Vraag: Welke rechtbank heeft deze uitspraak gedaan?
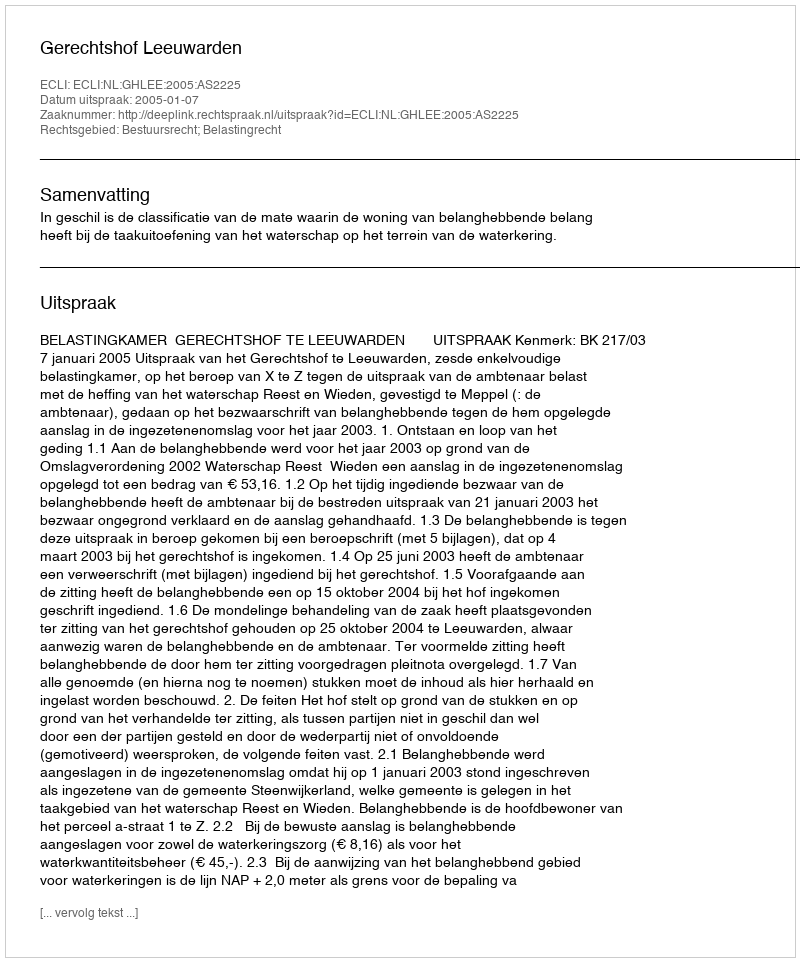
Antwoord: Gerechtshof Leeuwarden